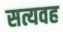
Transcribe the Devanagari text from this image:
सत्यवह